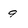
Character: 9